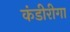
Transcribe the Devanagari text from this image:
कंडीरीगा